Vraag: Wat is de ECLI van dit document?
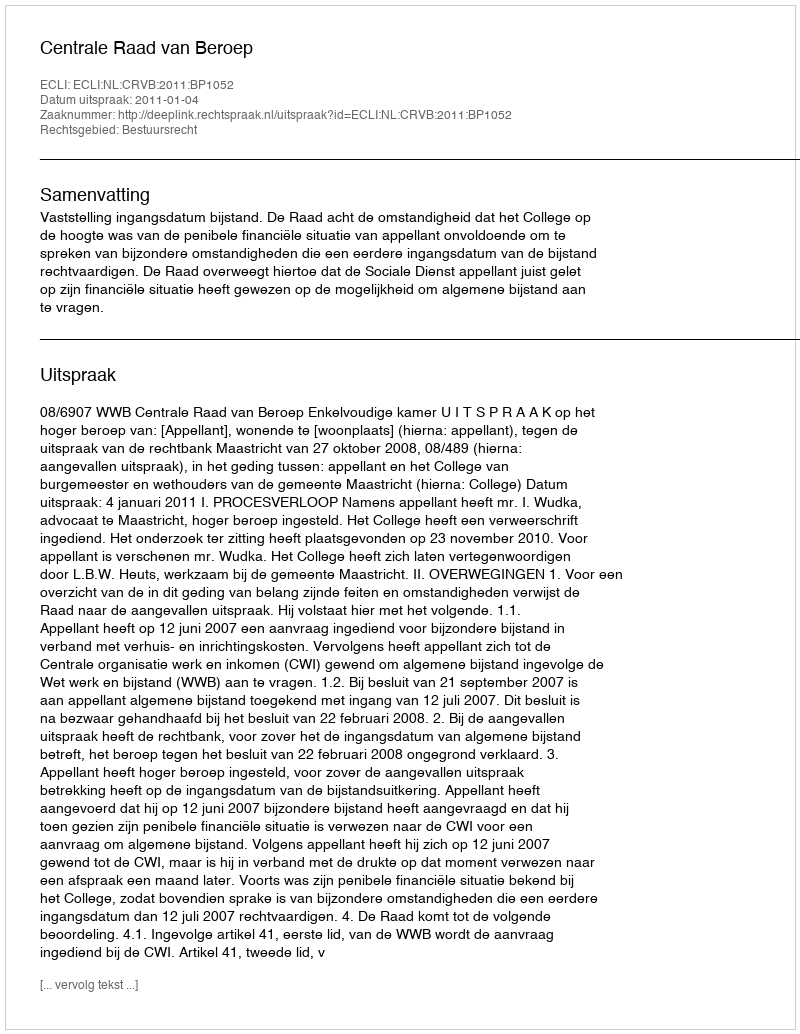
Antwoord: ECLI:NL:CRVB:2011:BP1052